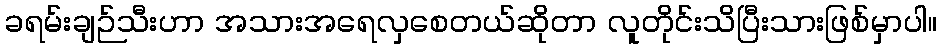
ခရမ်းချဉ်သီးဟာ အသားအရေလှစေတယ်ဆိုတာ လူတိုင်းသိပြီးသားဖြစ်မှာပါ။